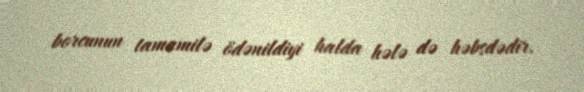
borcunun tamamilə ödənildiyi halda hələ də həbsdədir.